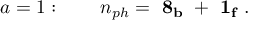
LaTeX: a = 1 : \qquad n _ { p h } = \mathrm { { \bf ~ 8 _ { b } ~ + ~ 1 _ { f } ~ } } .